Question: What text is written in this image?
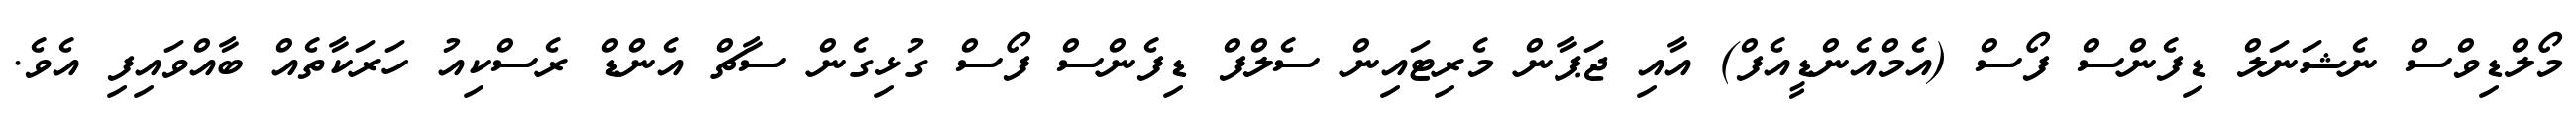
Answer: މޯލްޑިވްސް ނެޝަނަލް ޑިފެންސް ފޯސް (އެމްއެންޑީއެފް) އާއި ޖަޕާން މެރިޓައިން ސެލްފް ޑިފެންސް ފޯސް ގުޅިގެން ސާޗް އެންޑް ރެސްކިއު ހަރަކާތެއް ބާއްވައިފި އެވެ.